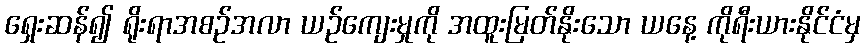
ရှေးဆန်၍ ရိုးရာအစဉ်အလာ ယဉ်ကျေးမှုကို အထူးမြတ်နိုးသော ယနေ့ ကိုရီးယားနိုင်ငံမှ